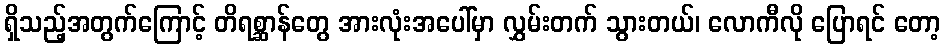
ရှိသည့်အတွက်ကြောင့် တိရစ္ဆာန်တွေ အားလုံးအပေါ်မှာ လွှမ်းတက် သွားတယ်၊ လောကီလို ပြောရင် တော့